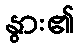
နွား၏